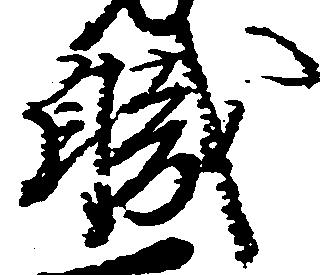
職